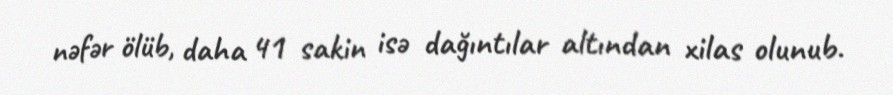
nəfər ölüb, daha 41 sakin isə dağıntılar altından xilas olunub.